Indian journal of veterinary science and animal husbandry - Volume 10,
Year: 1940
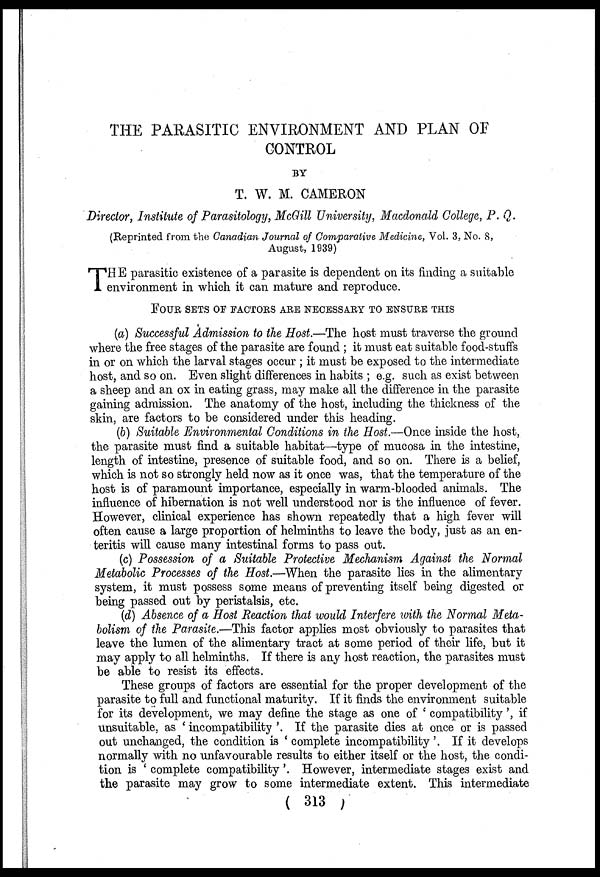
THE PARASITIC ENVIRONMENT AND PLAN OF
CONTROL
BY
T. W. M. CAMERON
Director, Institute of Parasitology, McGill University, Macdonald College, P.Q.
(Reprinted from the Canadian Journal of Comparative Medicine, Vol. 3, No. 8,
August, 1939)
T HE parasitic existence of a parasite is dependent on its finding a suitable
environment in which it can mature and reproduce.
FOUR SETS OF FACTORS ARE NECESSARY TO ENSURE THIS
(a) Successful Admission to the Host.—The host must traverse the ground
where the free stages of the parasite are found ; it must eat suitable food-stuffs
in or on which the larval stages occur ; it must be exposed to the intermediate
host, and so on. Even slight differences in habits ; e.g. such as exist between
a sheep and an ox in eating grass, may make all the difference in the parasite
gaining admission. The anatomy of the host, including the thickness of the
skin, are factors to be considered under this heading.
(b) Suitable Environmental Conditions in the Host.—Once inside the host,
the parasite must find a suitable habitat—type of mucosa in the intestine,
length of intestine, presence of suitable food, and so on. There is a belief,
which is not so strongly held now as it once was, that the temperature of the
host is of paramount importance, especially in warm-blooded animals. The
influence of hibernation is not well understood nor is the influence of fever.
However, clinical experience has shown repeatedly that a high fever will
often cause a large proportion of helminths to leave the body, just as an en-
teritis will cause many intestinal forms to pass out.
(c) Possession of a Suitable Protective Mechanism Against the Normal
Metabolic Processes of the Host.—When the parasite lies in the alimentary
system, it must possess some means of preventing itself being digested or
being passed out by peristalsis, etc.
(d) Absence of a Host Reaction that would Interfere with the Normal Meta-
bolism of the Parasite.—This factor applies most obviously to parasites that
leave the lumen of the alimentary tract at some period of their life, but it
may apply to all helminths. If there is any host reaction, the parasites must
be able to resist its effects.
These groups of factors are essential for the proper development of the
parasite to full and functional maturity. If it finds the environment suitable
for its development, we may define the stage as one of ' compatibility', if
unsuitable, as ' incompatibility '. If the parasite dies at once or is passed
out unchanged, the condition is ' complete incompatibility'. If it develops
normally with no unfavourable results to either itself or the host, the condi-
tion is ' complete compatibility'. However, intermediate stages exist and
the parasite may grow to some intermediate extent. This intermediate
( 313 )